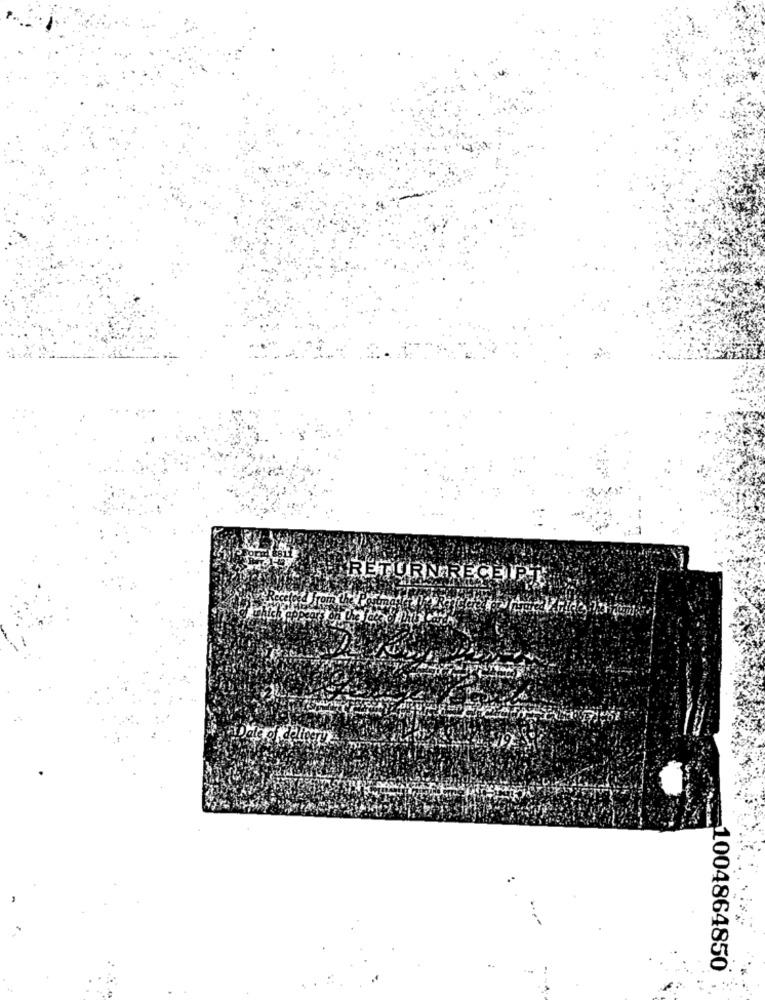
RETURN RECEIPT
1004864850